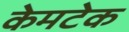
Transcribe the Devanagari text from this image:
केमटेक